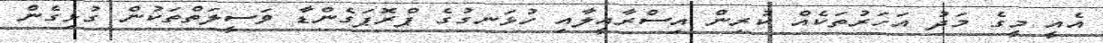
އެއީ މީގެ މަދު އަހަރުތަކެއް ކުރިން އިސްރާއީލާއި ހުޅަނގުގެ ޕްރޮޕަގެންޑާ ވަސީލަތްތަކުން ގުޅިގެން